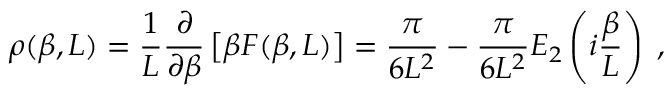
\rho ( \beta , L ) = \frac { 1 } { L } \frac { \partial } { \partial \beta } \left[ \beta F ( \beta , L ) \right] = \frac { \pi } { 6 L ^ { 2 } } - \frac { \pi } { 6 L ^ { 2 } } E _ { 2 } \left( i \frac { \beta } { L } \right) \; ,